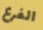
الفرع